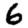
Digit: 6